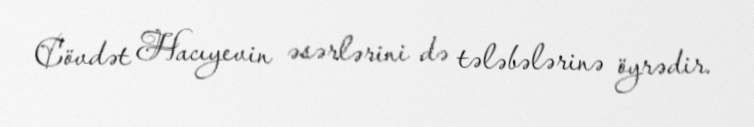
Cövdət Hacıyevin əsərlərini də tələbələrinə öyrədir.